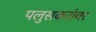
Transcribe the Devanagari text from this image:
पलुसकरांवर